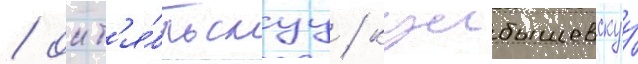
/ окт'я́брьскуу / куибышевскуу